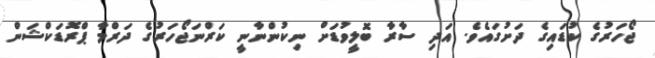
ޖޯހަރުގެ ކުޑައިގެ ދަށުގައެވެ. އަދި ސާރާ ބޮލީވުޑަށް ނިކުންނާނީ ކަރްނަޖޯހަރުގެ ދަރްމާ ޕްރޮޑަކްޝަން